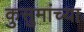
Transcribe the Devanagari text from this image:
कुसुमांच्या